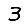
Digit: 3